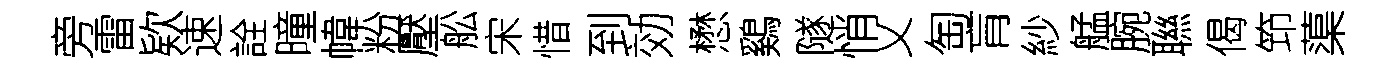
旁雷欵速詮曈幃粉壓舩宋惜到効懋鷄隧悄乂匋肓紗艋腕聮偈笻蕖